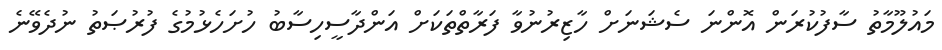
މައުލޫމާތު ސާފުކުރަން އޮންނަ ސެޝަނަށް ހާޒިރުނުވާ ފަރާތްތަކަށް އަންދާސީހިސާބު ހުށަހެޅުމުގެ ފުރުޞަތު ނުދެވޭނެ